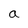
Character: a